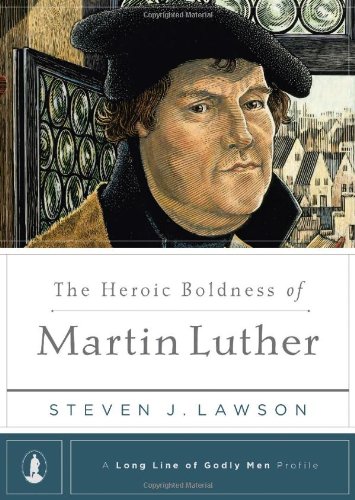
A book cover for The Heroic Boldness of Martin Luther (Long Line of Godly Men Profiles); Steven J. Lawson; Christian Books & Bibles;